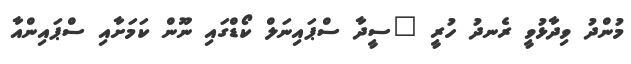
މުންދު ވިދާޅުވީ ރެނދު ހުރީ "ސީދާ ސްޕައިނަލް ކޯޑްގައި ނޫން ކަމަށާއި ސްޕައިންއާ